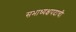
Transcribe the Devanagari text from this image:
सभाध्यक्षपदाची